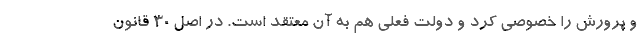
و پرورش را خصوصی کرد و دولت فعلی هم به آن معتقد است. در اصل 30 قانون